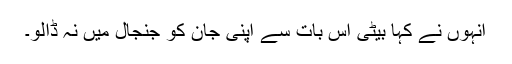
انہوں نے کہا بیٹی اس بات سے اپنی جان کو جنجال میں نہ ڈالو۔